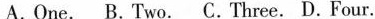
A.One. B.Two. C.Three. D.Four.